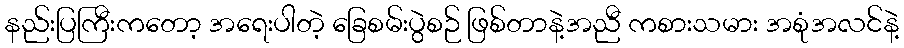
နည်းပြကြီးကတော့ အရေးပါတဲ့ ခြေစမ်းပွဲစဉ် ဖြစ်တာနဲ့အညီ ကစားသမား အစုံအလင်နဲ့